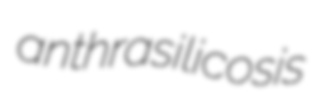
anthrasilicosis